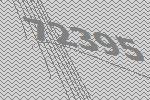
72395